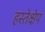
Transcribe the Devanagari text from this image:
हस्तेक्षेप